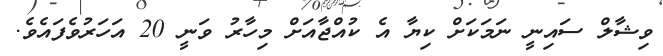
ވިޝާލް ސައިނީ ނަމަކަށް ކިޔާ އެ ކުއްޖާއަށް މިހާރު ވަނީ 20 އަހަރުވެފައެވެ.